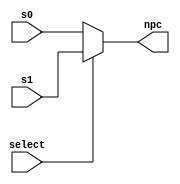
`timescale 1ns / 1ps
//////////////////////////////////////////////////////////////////////////////////
// Course: CSE 401 
// Name: Bryant Aparicio & Riley Sherwood
// Module Name: mux
// Project Name: Labratory 1

// Description: The MUX will receive a value from the incrementor and the value 
// calculated from stage 3 the execution of the simulation. Then it will use select
// to determine the output value from the result of the instruction memory module.

//////////////////////////////////////////////////////////////////////////////////


module mux(
    output wire [31:0] npc,      //Output of multiplexor module
    input wire [31:0] s0, s1,   //Input from incremented module and ex_npc
    input wire select           //Selects an input
    );
    
/*
    If select is high then npc = s1
    If select is low then npc = s0
*/
assign npc = select ? s1:s0;

endmodule